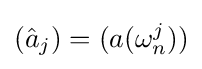
({\hat {a}}_{j})=(a(\omega _{n}^{j}))